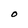
Character: O